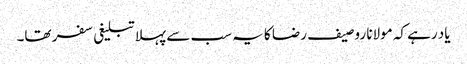
یاد رہے کہ مولانا روصیف رضا کا یہ سب سے پہلا تبلیغی سفر تھا۔